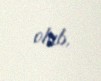
olub.